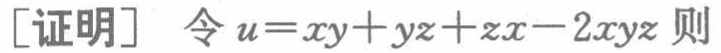
[证明] 令 \(u = xy + yz + zx - 2xyz\) 则